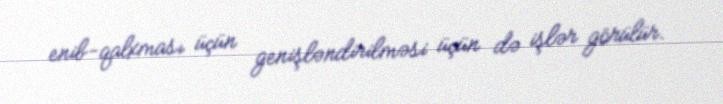
enib-qalxması üçün genişləndirilməsi üçün də işlər görülür.